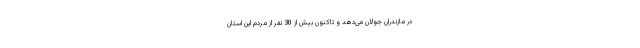
در مازندران جولان می‌دهد و تاکنون بیش از 30 نفر از مردم این استان